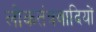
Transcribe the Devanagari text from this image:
लोकतंत्रवादियों